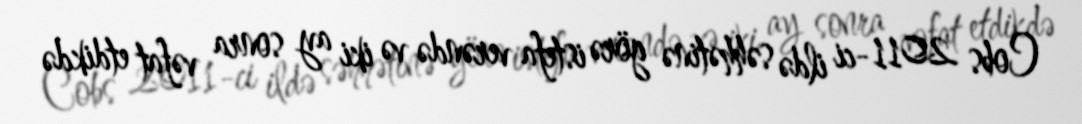
Cobs 2011-ci ildə səhhətinə görə istefa verəndə və iki ay sonra vəfat etdikdə